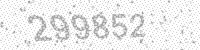
Solution: 299852